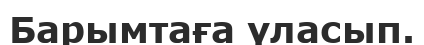
Барымтаға үласып.